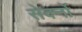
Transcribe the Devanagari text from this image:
सेर्क्नो